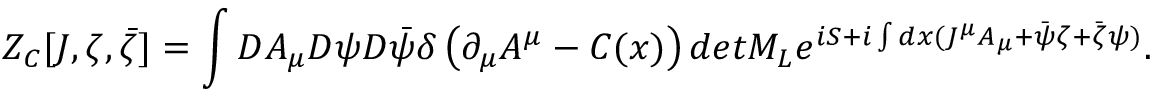
Z _ { C } [ J , \zeta , \bar { \zeta } ] = \int { \cal D } A _ { \mu } { \cal D } \psi { \cal D } \bar { \psi } \delta \left( \partial _ { \mu } A ^ { \mu } - C ( x ) \right) d e t { \cal M } _ { L } e ^ { i S + i \int d x ( J ^ { \mu } A _ { \mu } + \bar { \psi } \zeta + \bar { \zeta } \psi ) } .